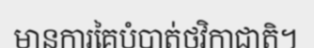
មានការគៃបំបាត់ថវិកាជាតិ។